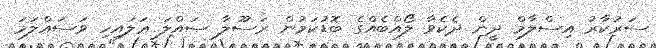
ސަރުކާރު އިސްލާމް ދީން ދެކެވާ ލޯއްބެއްގެ ބޮޑުކަމުން ރަސޫލާ ޞައްލަ ޢަލައިހި ވަސައްލަމަ